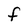
Character: F